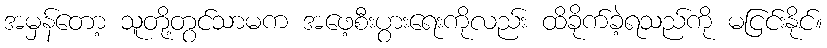
အမှန်တော့ သူတို့တွင်သာမက အဖေ့စီးပွားရေးကိုလည်း ထိခိုက်ခဲ့ရသည်ကို မငြင်းနိုင်။